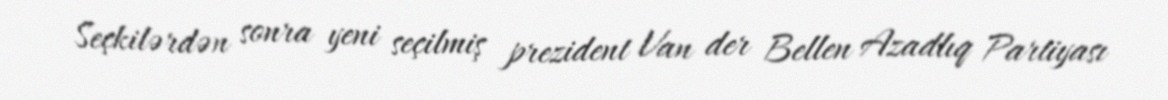
Seçkilərdən sonra yeni seçilmiş prezident Van der Bellen Azadlıq Partiyası